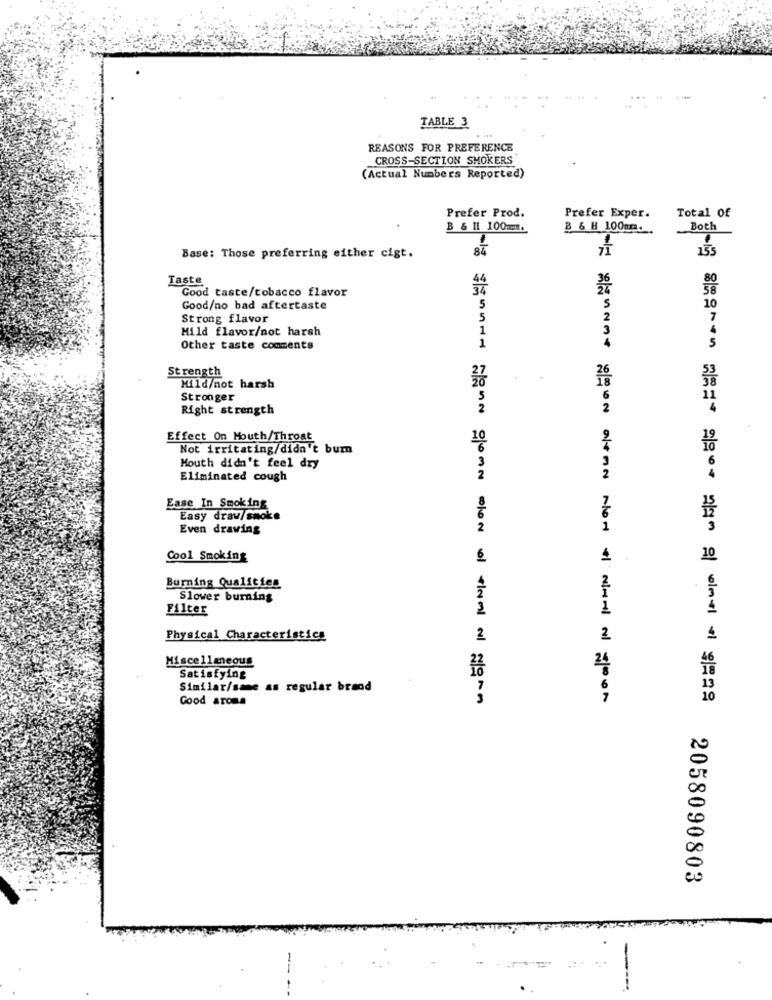
TABLE 3
REASONS FOR PREFERENCE
CROSS-SECTION SMOKERS
(Actual Numbers Reported)
Prefer Prod.
Total Of
Prefer Exper.
B & H1 100m.
B & H 100m.
Both
84
155
Base: Those preferring either cigt.
Taste
80
Good taste/tobacco flavor
58
Good/no bad aftertaste
5
S
10
Strong flavor
5
2
Mild flavor/not harsh
1
3
Other taste comments
1
5
Strength
38
Hild/not harsh
Stronger
Right strength
2
2
Effect On Mouth/Throat
10
Not irritating/didn't burn
Mouth didn't feel dry
Eliminated cough
Ease In Smoking
Easy draw/smoke
Even drawing
Cool Smoking
6
4
10
Burning Qualities
Slower burning
Filter
Physical Characteristics
2
2
Miscellaneous
Satisfying
Similar/same as regular brand
Good aroma
wenn gomn olon of cheval al goAn
woon altan Not of aHall al goon
2058090803
-